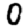
Digit: 0